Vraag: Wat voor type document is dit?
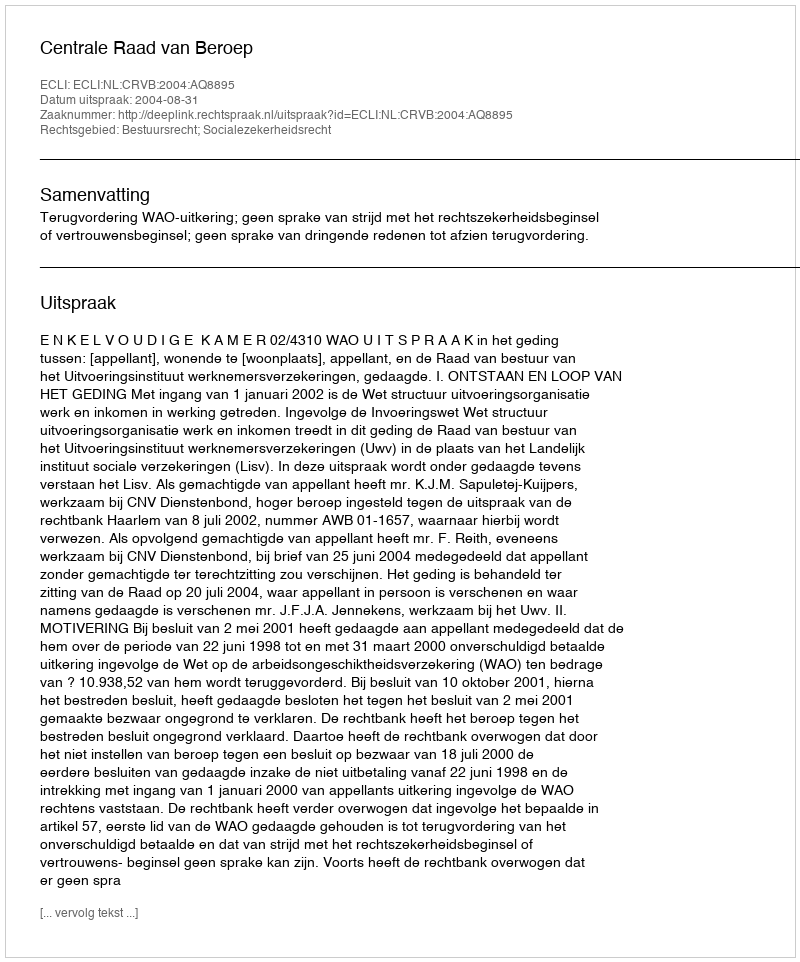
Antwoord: Uitspraak